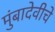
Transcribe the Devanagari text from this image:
मुंबादेवीचे